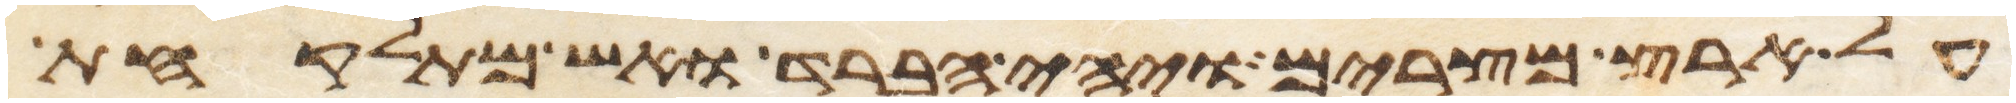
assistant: על ארץ מצרים ויהי הברד ואש מתלקחת